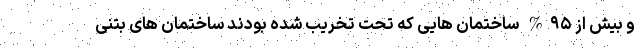
و بیش از ۹۵% ساختمان هایی که تحت تخریب شده بودند ساختمان های بتنی